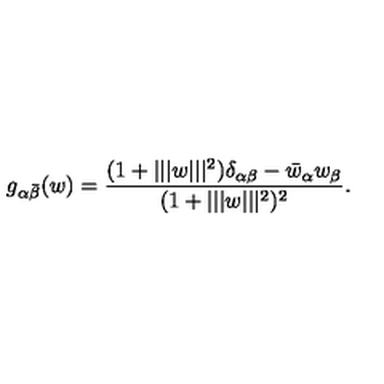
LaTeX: g _ { \alpha \bar { \beta } } ( w ) = { \frac { ( 1 + | | | w | | | ^ { 2 } ) \delta _ { \alpha \beta } - \bar { w } _ { \alpha } w _ { \beta } } { ( 1 + | | | w | | | ^ { 2 } ) ^ { 2 } } } .